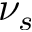
\nu _ { s }